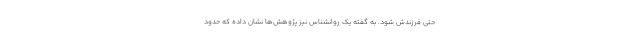
حتی فرزندش شود. به گفته یک روانشناس نیز پژوهش‌ها نشان داده‌ که حدود